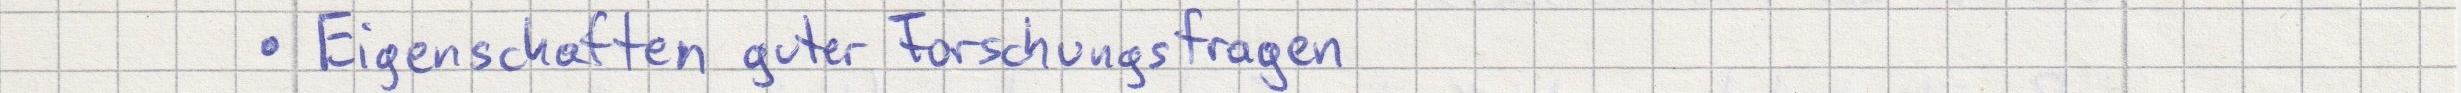
- Eigenschaften guter Forschungsfragen